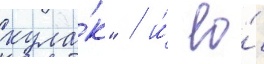
кула́к" / и́ ео́